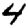
Digit: 4